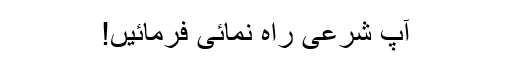
آپ شرعی راہ نمائی فرمائیں!